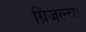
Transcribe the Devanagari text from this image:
ग्रिजल्वा